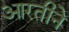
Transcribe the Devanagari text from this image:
आरतीने